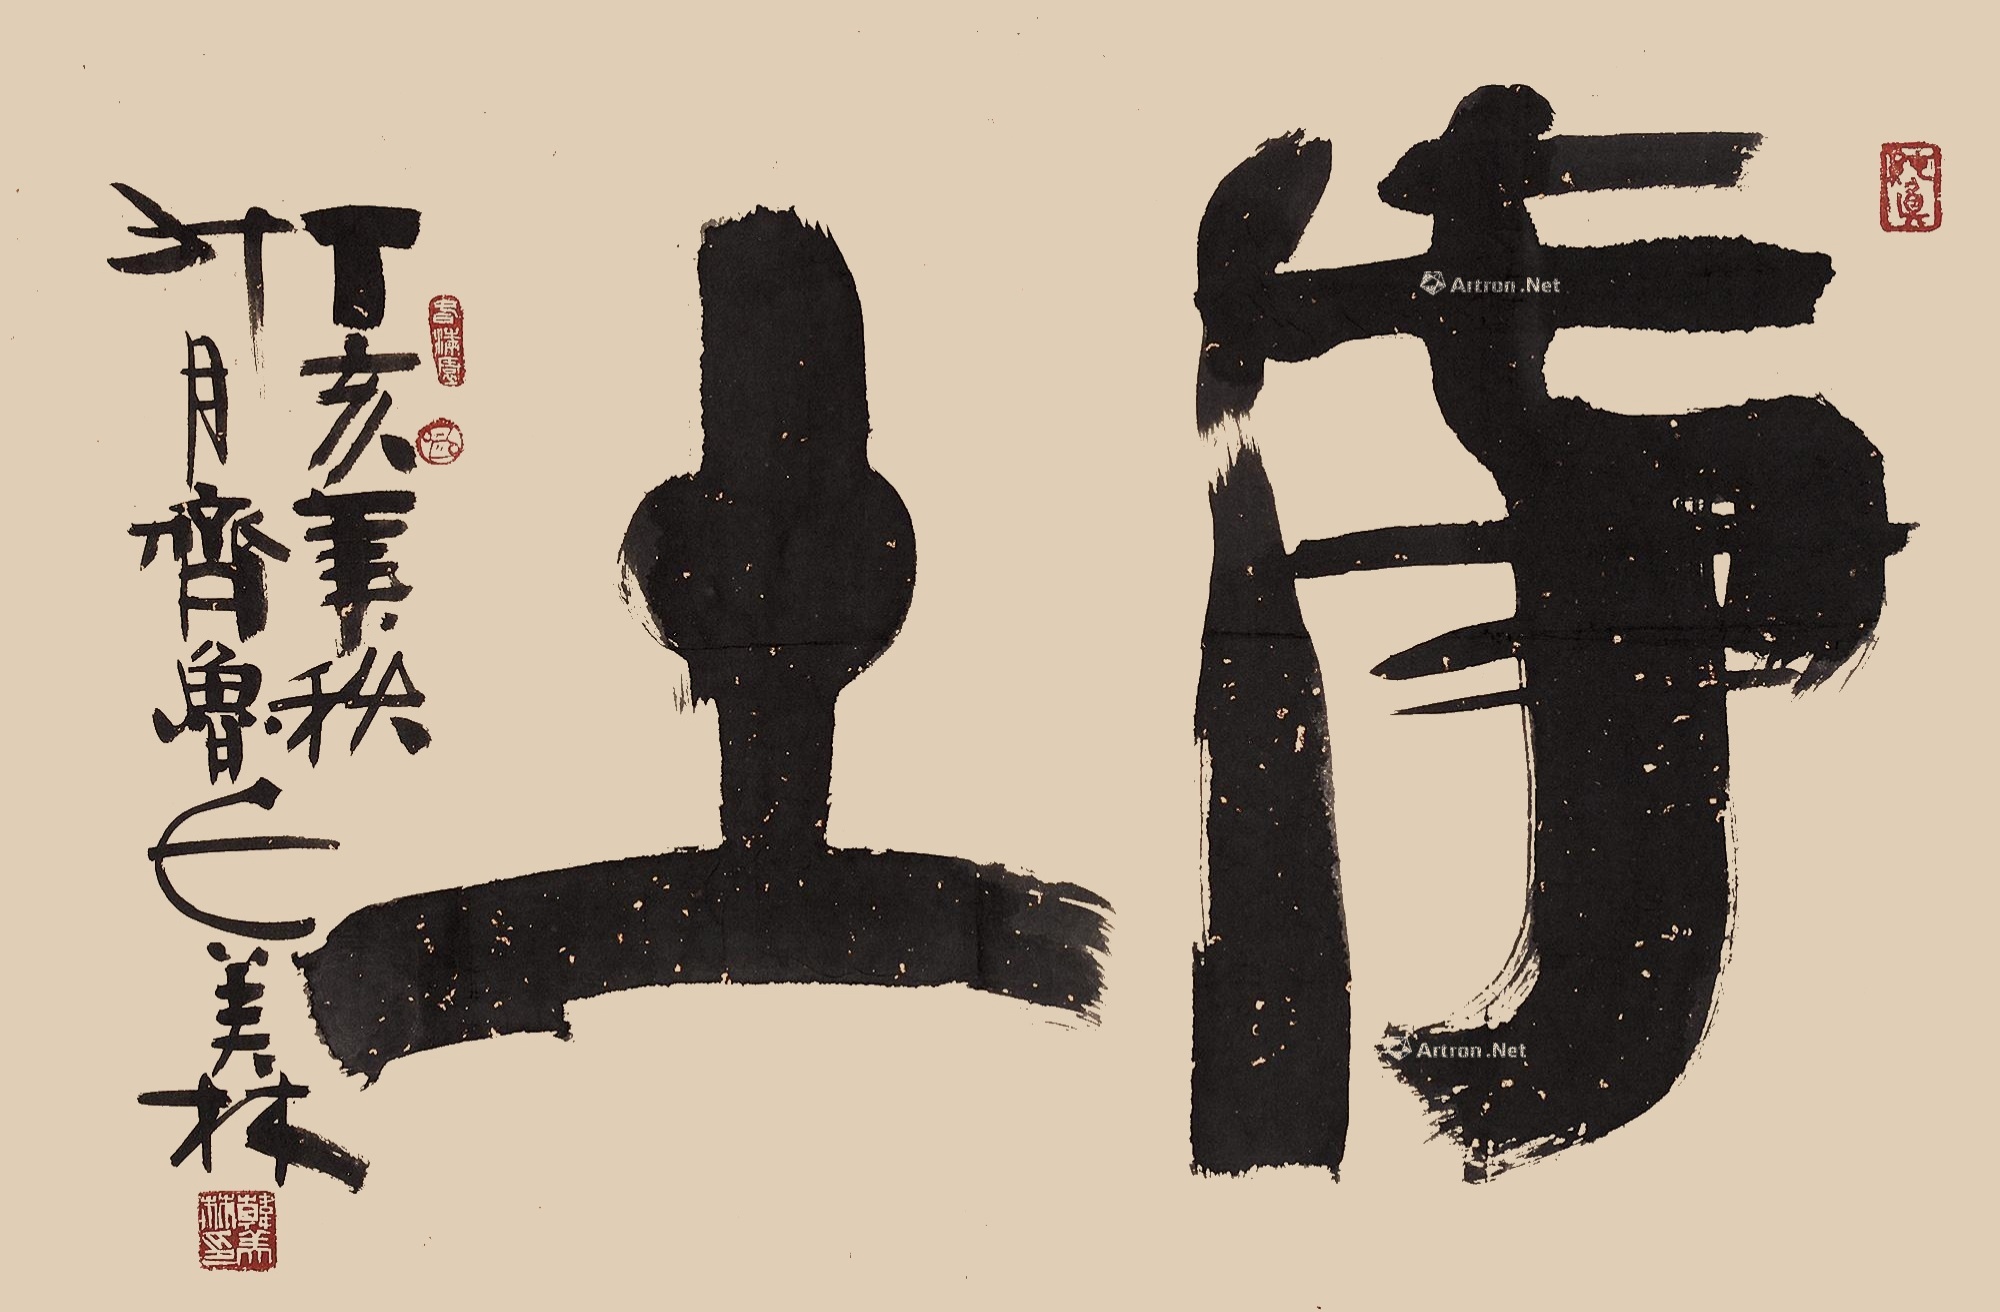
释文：净土。丁亥年秋十月，齐鲁人美林。